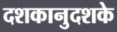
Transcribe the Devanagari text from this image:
दशकानुदशके